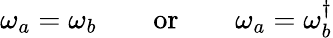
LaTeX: \omega_{a}=\omega_{b}\qquad\mathrm{or}\qquad\omega_{a}=\omega_{b}^{\dagger}